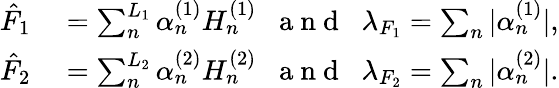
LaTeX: \begin{array}{rl}{\hat{F}_{1}}&{{}=\sum_{n}^{L_{1}}\alpha_{n}^{(1)}H_{n}^{(1)}\; \; \mathrm{~a~n~d~}\; \; \lambda_{F_{1}}=\sum_{n}|\alpha_{n}^{(1)}|,}\\ {\hat{F}_{2}}&{{}=\sum_{n}^{L_{2}}\alpha_{n}^{(2)}H_{n}^{(2)}\; \; \mathrm{~a~n~d~}\; \; \lambda_{F_{2}}=\sum_{n}|\alpha_{n}^{(2)}|.}\end{array}